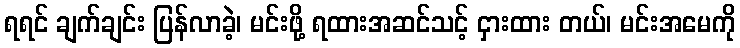
ရရင် ချက်ချင်း ပြန်လာခဲ့၊ မင်းဖို့ ရထားအဆင်သင့် ငှားထား တယ်၊ မင်းအမေကို